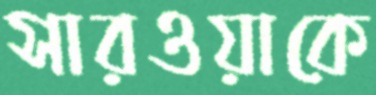
সারওয়াকে